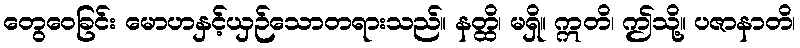
တွေဝေခြင်း မောဟနှင့်ယှဉ်သောတရားသည်။ နတ္ထိ၊ မရှိ။ ဣတိ၊ ဤသို့။ ပဇာနာတိ၊